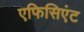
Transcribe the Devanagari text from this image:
एफिसिएंट